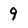
Character: 9